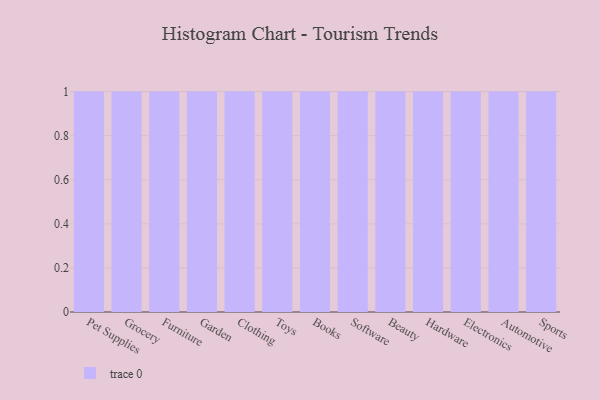
{"axis": {"x": "Category", "y": "Market Share (%)"}, "legend": [""], "data": [{"x": "Pet Supplies", "y": 84, "type": ""}, {"x": "Grocery", "y": 99, "type": ""}, {"x": "Furniture", "y": 61, "type": ""}, {"x": "Garden", "y": 98, "type": ""}, {"x": "Clothing", "y": 27, "type": ""}, {"x": "Toys", "y": 70, "type": ""}, {"x": "Books", "y": 69, "type": ""}, {"x": "Software", "y": 5, "type": ""}, {"x": "Beauty", "y": 52, "type": ""}, {"x": "Hardware", "y": 43, "type": ""}, {"x": "Electronics", "y": 11, "type": ""}, {"x": "Automotive", "y": 88, "type": ""}, {"x": "Sports", "y": 24, "type": ""}]}